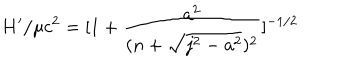
H ^ { \prime } / \mu c ^ { 2 } = [ 1 + { \frac { a ^ { 2 } } { ( n + \sqrt { j ^ { 2 } - a ^ { 2 } } ) ^ { 2 } } } ] ^ { { - 1 / 2 } } \nonumber